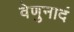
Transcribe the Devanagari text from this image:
वेणुनादं